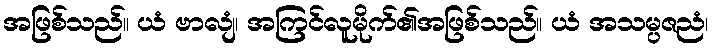
အဖြစ်သည်။ ယံ ဗာလျံ၊ အကြင်လူမိုက်၏အဖြစ်သည်။ ယံ အသမ္ပဇညံ၊